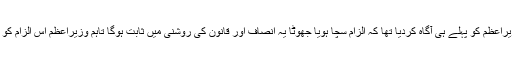
انہوں نے بتایاکہ انھوں نے وزیراعظم کو پہلے ہی آگاہ کردیا تھا کہ الزام سچا ہویا جھوٹا یہ انصاف اور قانون کی روشنی میں ثابت ہوگا تاہم وزیراعظم اس الزام کو کسی بھی طور پر ہلکا نہ لیں ۔